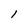
Character: l